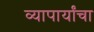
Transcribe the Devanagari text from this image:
व्यापार्यांचा